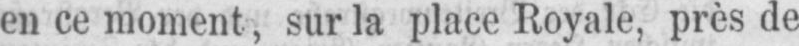
en ce moment, sur la place Royale, près de